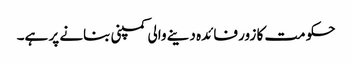
حکومت کا زور فائدہ دینے والی کمپنی بنانے پر ہے۔